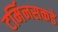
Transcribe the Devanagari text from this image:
टर्मिनसकडे